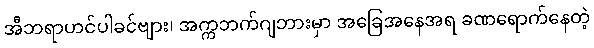
အီဘရာဟင်ပါခင်ဗျား၊ အက္ကဘက်ဂျဘားမှာ အခြေအနေအရ ခဏရောက်နေတဲ့